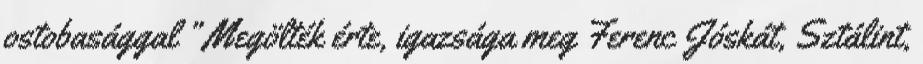
ostobasággal ” Megölték érte, igazsága meg Ferenc Jóskát, Sztálint,